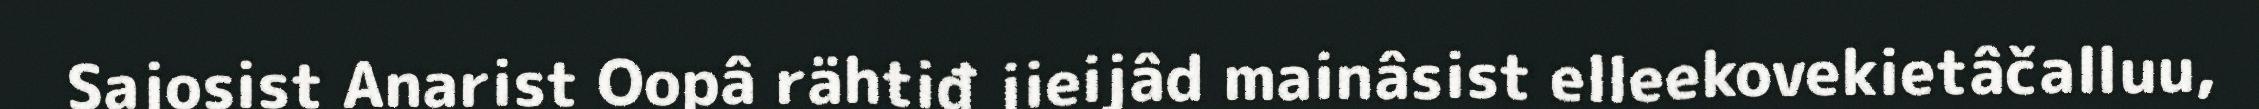
Sajosist Anarist Oopâ rähtiđ jieijâd mainâsist elleekovekietâčalluu,